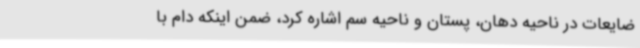
ضایعات در ناحیه دهان، پستان و ناحیه سم اشاره کرد، ضمن اینکه دام با